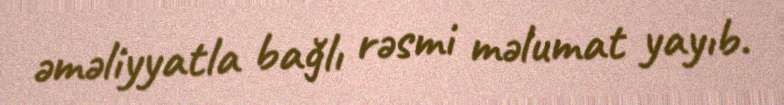
əməliyyatla bağlı rəsmi məlumat yayıb.